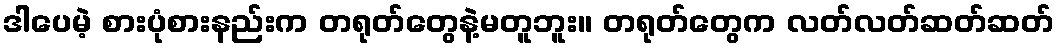
ဒါပေမဲ့ စားပုံစားနည်းက တရုတ်တွေနဲ့မတူဘူး။ တရုတ်တွေက လတ်လတ်ဆတ်ဆတ်